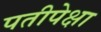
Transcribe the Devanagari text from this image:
पतीपेक्षा